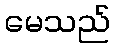
မေသည်